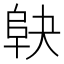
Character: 𱀅